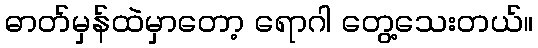
ဓာတ်မှန်ထဲမှာတော့ ရောဂါ တွေ့သေးတယ်။